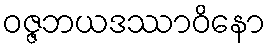
ဝဇ္ဇဘယဒဿာဝိနော